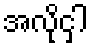
အလိုငှါ